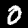
Digit: 0